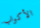
الأكواب